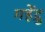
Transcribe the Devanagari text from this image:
महेंद्रु